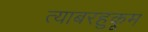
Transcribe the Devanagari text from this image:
त्याबरहुकूम